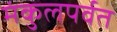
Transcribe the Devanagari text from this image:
मंकुलपर्वत